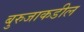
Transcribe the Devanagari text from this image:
बुरुजाकडील